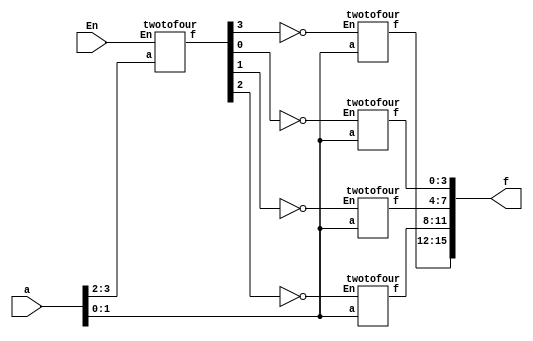
module fourtosixteen(a,En,f);
	input [3:0] a;
	input En;
	output [15:0] f;
	wire [3:0] c;
	twotofour stage0(a[3:2],En,c);
	twotofour stage1(a[1:0],~c[0],f[3:0]);
	twotofour stage2(a[1:0],~c[1],f[7:4]);
	twotofour stage3(a[1:0],~c[2],f[11:8]);
	twotofour stage4(a[1:0],~c[3],f[15:12]);
endmodule

module twotofour(a,En,f);	
	input [1:0] a;
	input En;
	output reg [3:0] f;
	always@(a,En)
	begin
		case(En)
		  0: f = 4'b1111;
		  1:
		  begin
		  	case(a)
		  		0:f=4'b1110;
		  		1:f=4'b1101;
		  		2:f=4'b1011;
		  		3:f=4'b0111;
		  	endcase
		  end
		 endcase
	end
endmodule